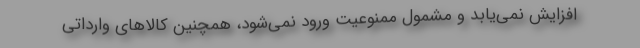
افزایش نمی‌یابد و مشمول ممنوعیت ورود نمی‌شود، همچنین کالا‌های وارداتی